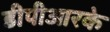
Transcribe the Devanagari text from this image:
डीपीआरके